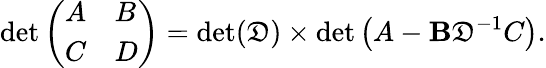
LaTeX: \operatorname*{det}{\left(\begin{array}{ll}{A}&{B}\\ {C}&{D}\end{array}\right)}=\operatorname*{det}(\mathfrak{D})\times\operatorname*{det}\left(A-\mathbf{B}\mathfrak{D}^{-1}C\right).